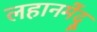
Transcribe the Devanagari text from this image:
लहानमेंदू